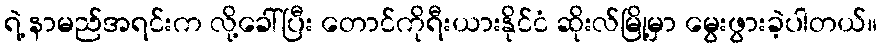
ရဲ့ နာမည်အရင်းက လို့ခေါ်ပြီး တောင်ကိုရီးယားနိုင်ငံ ဆိုးလ်မြို့မှာ မွေးဖွားခဲ့ပါတယ်။